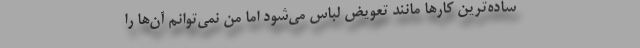
ساده‌ترین کار‌ها مانند تعویض لباس می‌شود اما من نمی‌توانم آن‌ها را